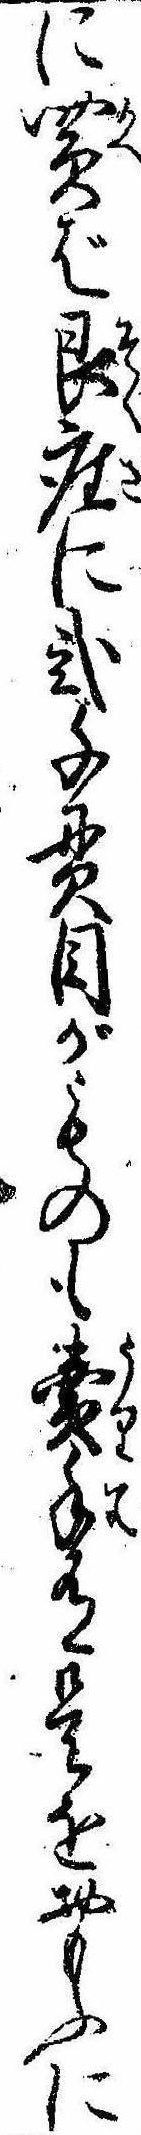
に買ば即座に弐千貫目がものも売手有是をおもふに